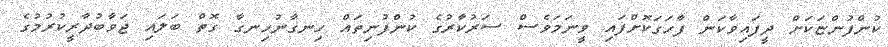
ކުންފުންޏަކަށް ދީފައިވާކަން ފާހަގަކޮށްފައި ވީނަމަވެސް ސަރުކާރުގެ ކުންފުނިތައް ހިނގާނުހިނގާ ގޮތް ބަލައި ޖަވާބުދާރީކުރުމުގެ